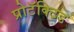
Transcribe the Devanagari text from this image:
प्रोटॅक्टिड